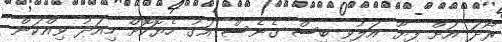
ރޯދަ އަށް ފިޔާ އަލުވި ބިސް ގެނެސް އަގު ހެޔޮކޮށް މިއަދު ވިއްކަން